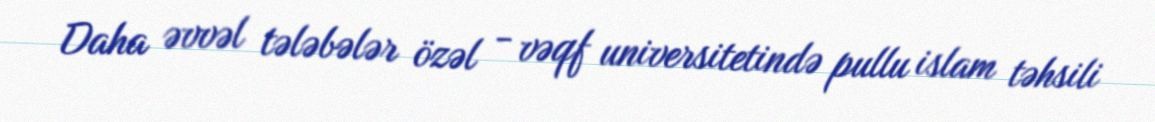
Daha əvvəl tələbələr özəl - vəqf universitetində pullu islam təhsili